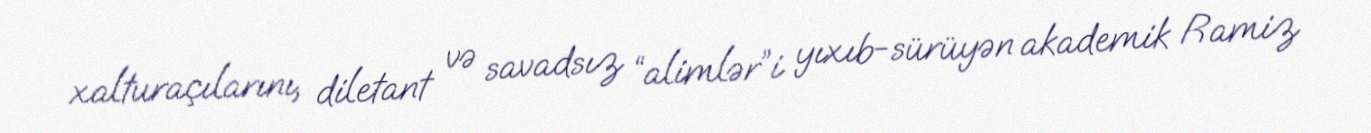
xalturaçılarını, diletant və savadsız “alimlər”i yıxıb-sürüyən akademik Ramiz